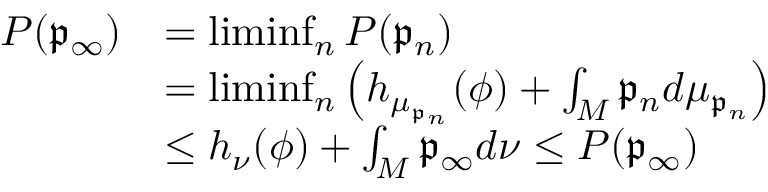
\begin{array} { r l } { P ( \mathfrak { p } _ { \infty } ) } & { = \operatorname* { l i m i n f } _ { n } P ( \mathfrak { p } _ { n } ) } \\ & { = \operatorname* { l i m i n f } _ { n } \left( h _ { \mu _ { \mathfrak { p } _ { n } } } ( \phi ) + \int _ { M } \mathfrak { p } _ { n } d \mu _ { \mathfrak { p } _ { n } } \right) } \\ & { \leq h _ { \nu } ( \phi ) + \int _ { M } \mathfrak { p } _ { \infty } d \nu \leq P ( \mathfrak { p } _ { \infty } ) } \end{array}